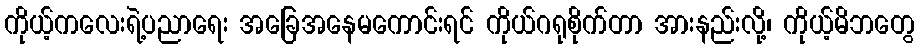
ကိုယ့်ကလေးရဲ့ပညာရေး အခြေအနေမကောင်းရင် ကိုယ်ဂရုစိုက်တာ အားနည်းလို့၊ ကိုယ့်မိဘတွေ